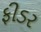
ફીડર